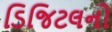
ડિજિટલનો